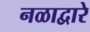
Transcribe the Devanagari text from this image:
नळाद्वारे